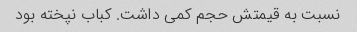
نسبت به قیمتش حجم کمی داشت. کباب نپخته بود